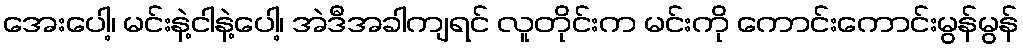
အေးပေါ့၊ မင်းနဲ့ငါနဲ့ပေါ့၊ အဲဒီအခါကျရင် လူတိုင်းက မင်းကို ကောင်းကောင်းမွန်မွန်